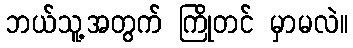
ဘယ်သူ့အတွက် ကြိုတင် မှာမလဲ။